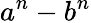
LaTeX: a^{n}-b^{n}